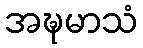
အဍ္ဎမာသံ